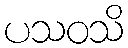
ပသဝသိ